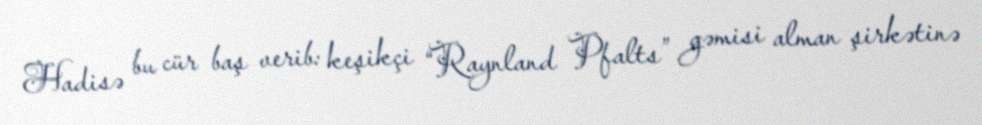
Hadisə bu cür baş verib: keşikçi “Raynland Pfalts” gəmisi alman şirkətinə